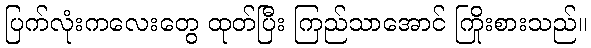
ပြက်လုံးကလေးတွေ ထုတ်ပြီး ကြည်သာအောင် ကြိုးစားသည်။